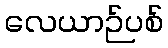
လေယာဉ်ပစ်